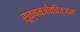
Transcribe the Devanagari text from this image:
सूक्षमजीवविज्ञान